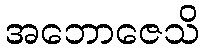
အဘောဇေသိ